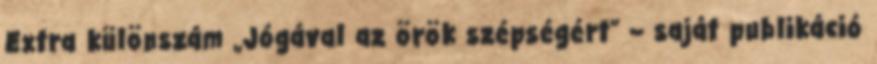
Extra különszám „Jógával az örök szépségért” – saját publikáció